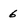
Character: 6